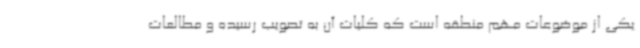
یکی از موضوعات مهم منطقه است که کلیات آن به تصویب رسیده و مطالعات